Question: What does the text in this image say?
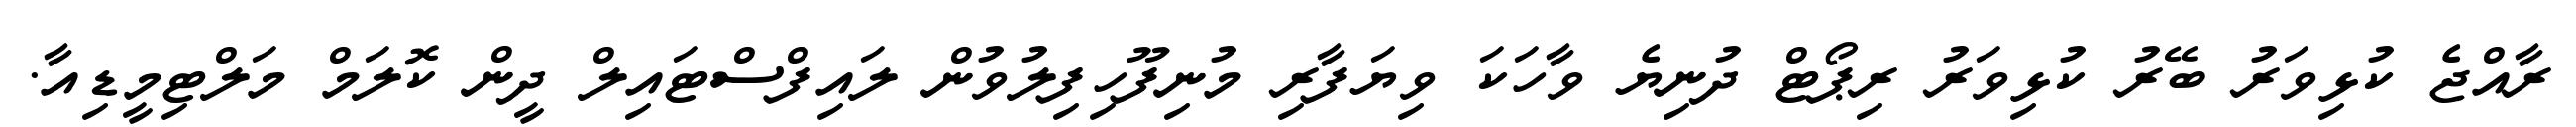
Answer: ރާއްޖެ ކުޅިވަރު ބޭރު ކުޅިވަރު ރިޕޯޓް ދުނިޔެ ވާހަކަ ވިޔަފާރި މުނިފޫހިފިލުވުން ލައިފްސްޓައިލް ދީން ކޮލަމް މަލްޓިމީޑިއާ.